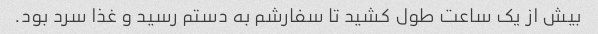
بیش از یک ساعت طول کشید تا سفارشم به دستم رسید و غذا سرد بود.